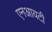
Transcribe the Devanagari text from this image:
एनआयटी